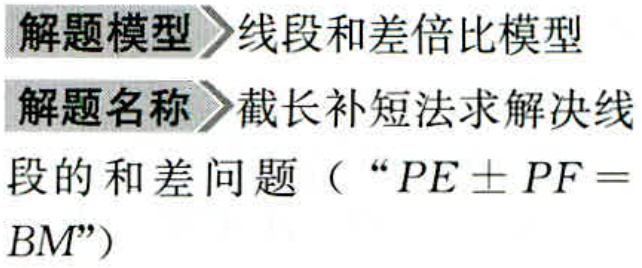
解题模型 线段和差倍比模型

解题名称 截长补短法求解决线

段的和差问题（“$PE\pm PF = BM$”）